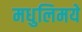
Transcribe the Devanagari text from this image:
मधुलिमये